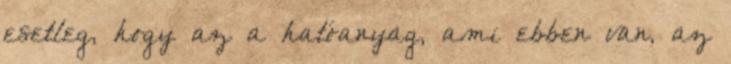
esetleg, hogy az a hatóanyag, ami ebben van, az